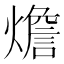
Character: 𤐐